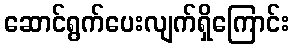
ဆောင်ရွက်ပေးလျက်ရှိကြောင်း